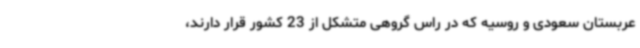
عربستان سعودی و روسیه که در راس گروهی متشکل از 23 کشور قرار دارند،